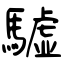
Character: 驉